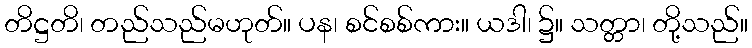
တိဋ္ဌတိ၊ တည်သည်မဟုတ်။ ပန၊ စင်စစ်ကား။ ယဒါ၊ ၌။ သတ္တာ၊ တို့သည်။